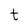
Character: t